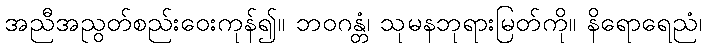
အညီအညွတ်စည်းဝေးကုန်၍။ ဘဝဂန္တံ၊ သုမနဘုရားမြတ်ကို။ နိရောရေညံ၊